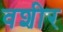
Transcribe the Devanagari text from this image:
वशीर